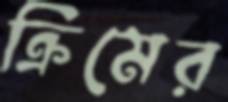
ক্রিমের